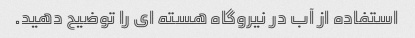
استفاده از آب در نیروگاه هسته ای را توضیح دهید.